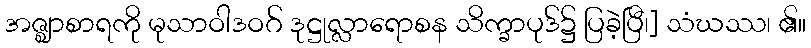
အဇ္ဈာစာရကို မုသာဝါဒဝဂ် ဒုဋ္ဌုလ္လာရောစန သိက္ခာပုဒ်၌ ပြခဲ့ပြီ၊] သံဃဿ၊ ၏။